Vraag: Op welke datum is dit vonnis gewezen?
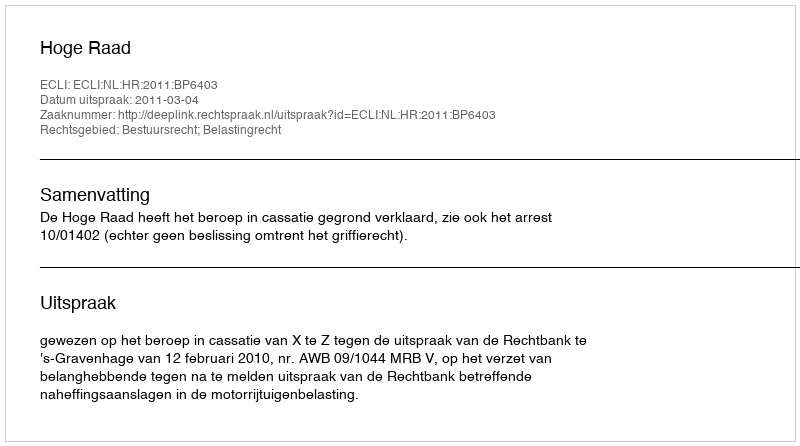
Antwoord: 2011-03-04